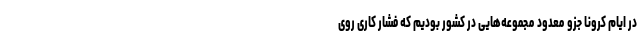
در ایام کرونا جزو معدود مجموعه‌هایی در کشور بودیم که فشار کاری روی